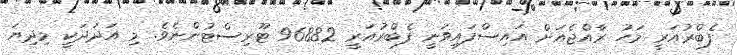
ފެބްރުއަރީ މަހު ރާއްޖެއަށް އައިސްފައިވަނީ ފެބްރުއަރީ 96882 ޓޫރިސްޓުންނެވެ. މި އަދަދަކީ މިދިޔަ